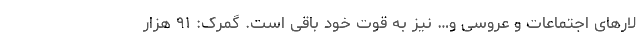
لارهای اجتماعات و عروسی و… نیز به قوت خود باقی است. گمرک: ۹۱ هزار